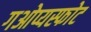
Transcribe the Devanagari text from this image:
गओप्यस्फोट